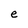
Character: e